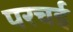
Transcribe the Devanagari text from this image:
परचई